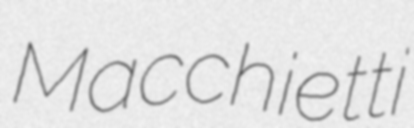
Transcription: Macchietti